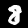
Digit: 8